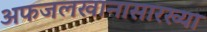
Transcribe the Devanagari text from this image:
अफजलखानासारख्या